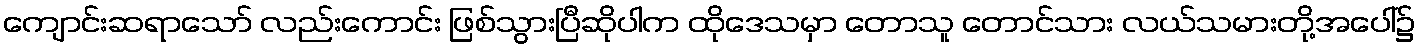
ကျောင်းဆရာသော် လည်းကောင်း ဖြစ်သွားပြီဆိုပါက ထိုဒေသမှာ တောသူ တောင်သား လယ်သမားတို့အပေါ်၌